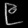
Digit: ၉